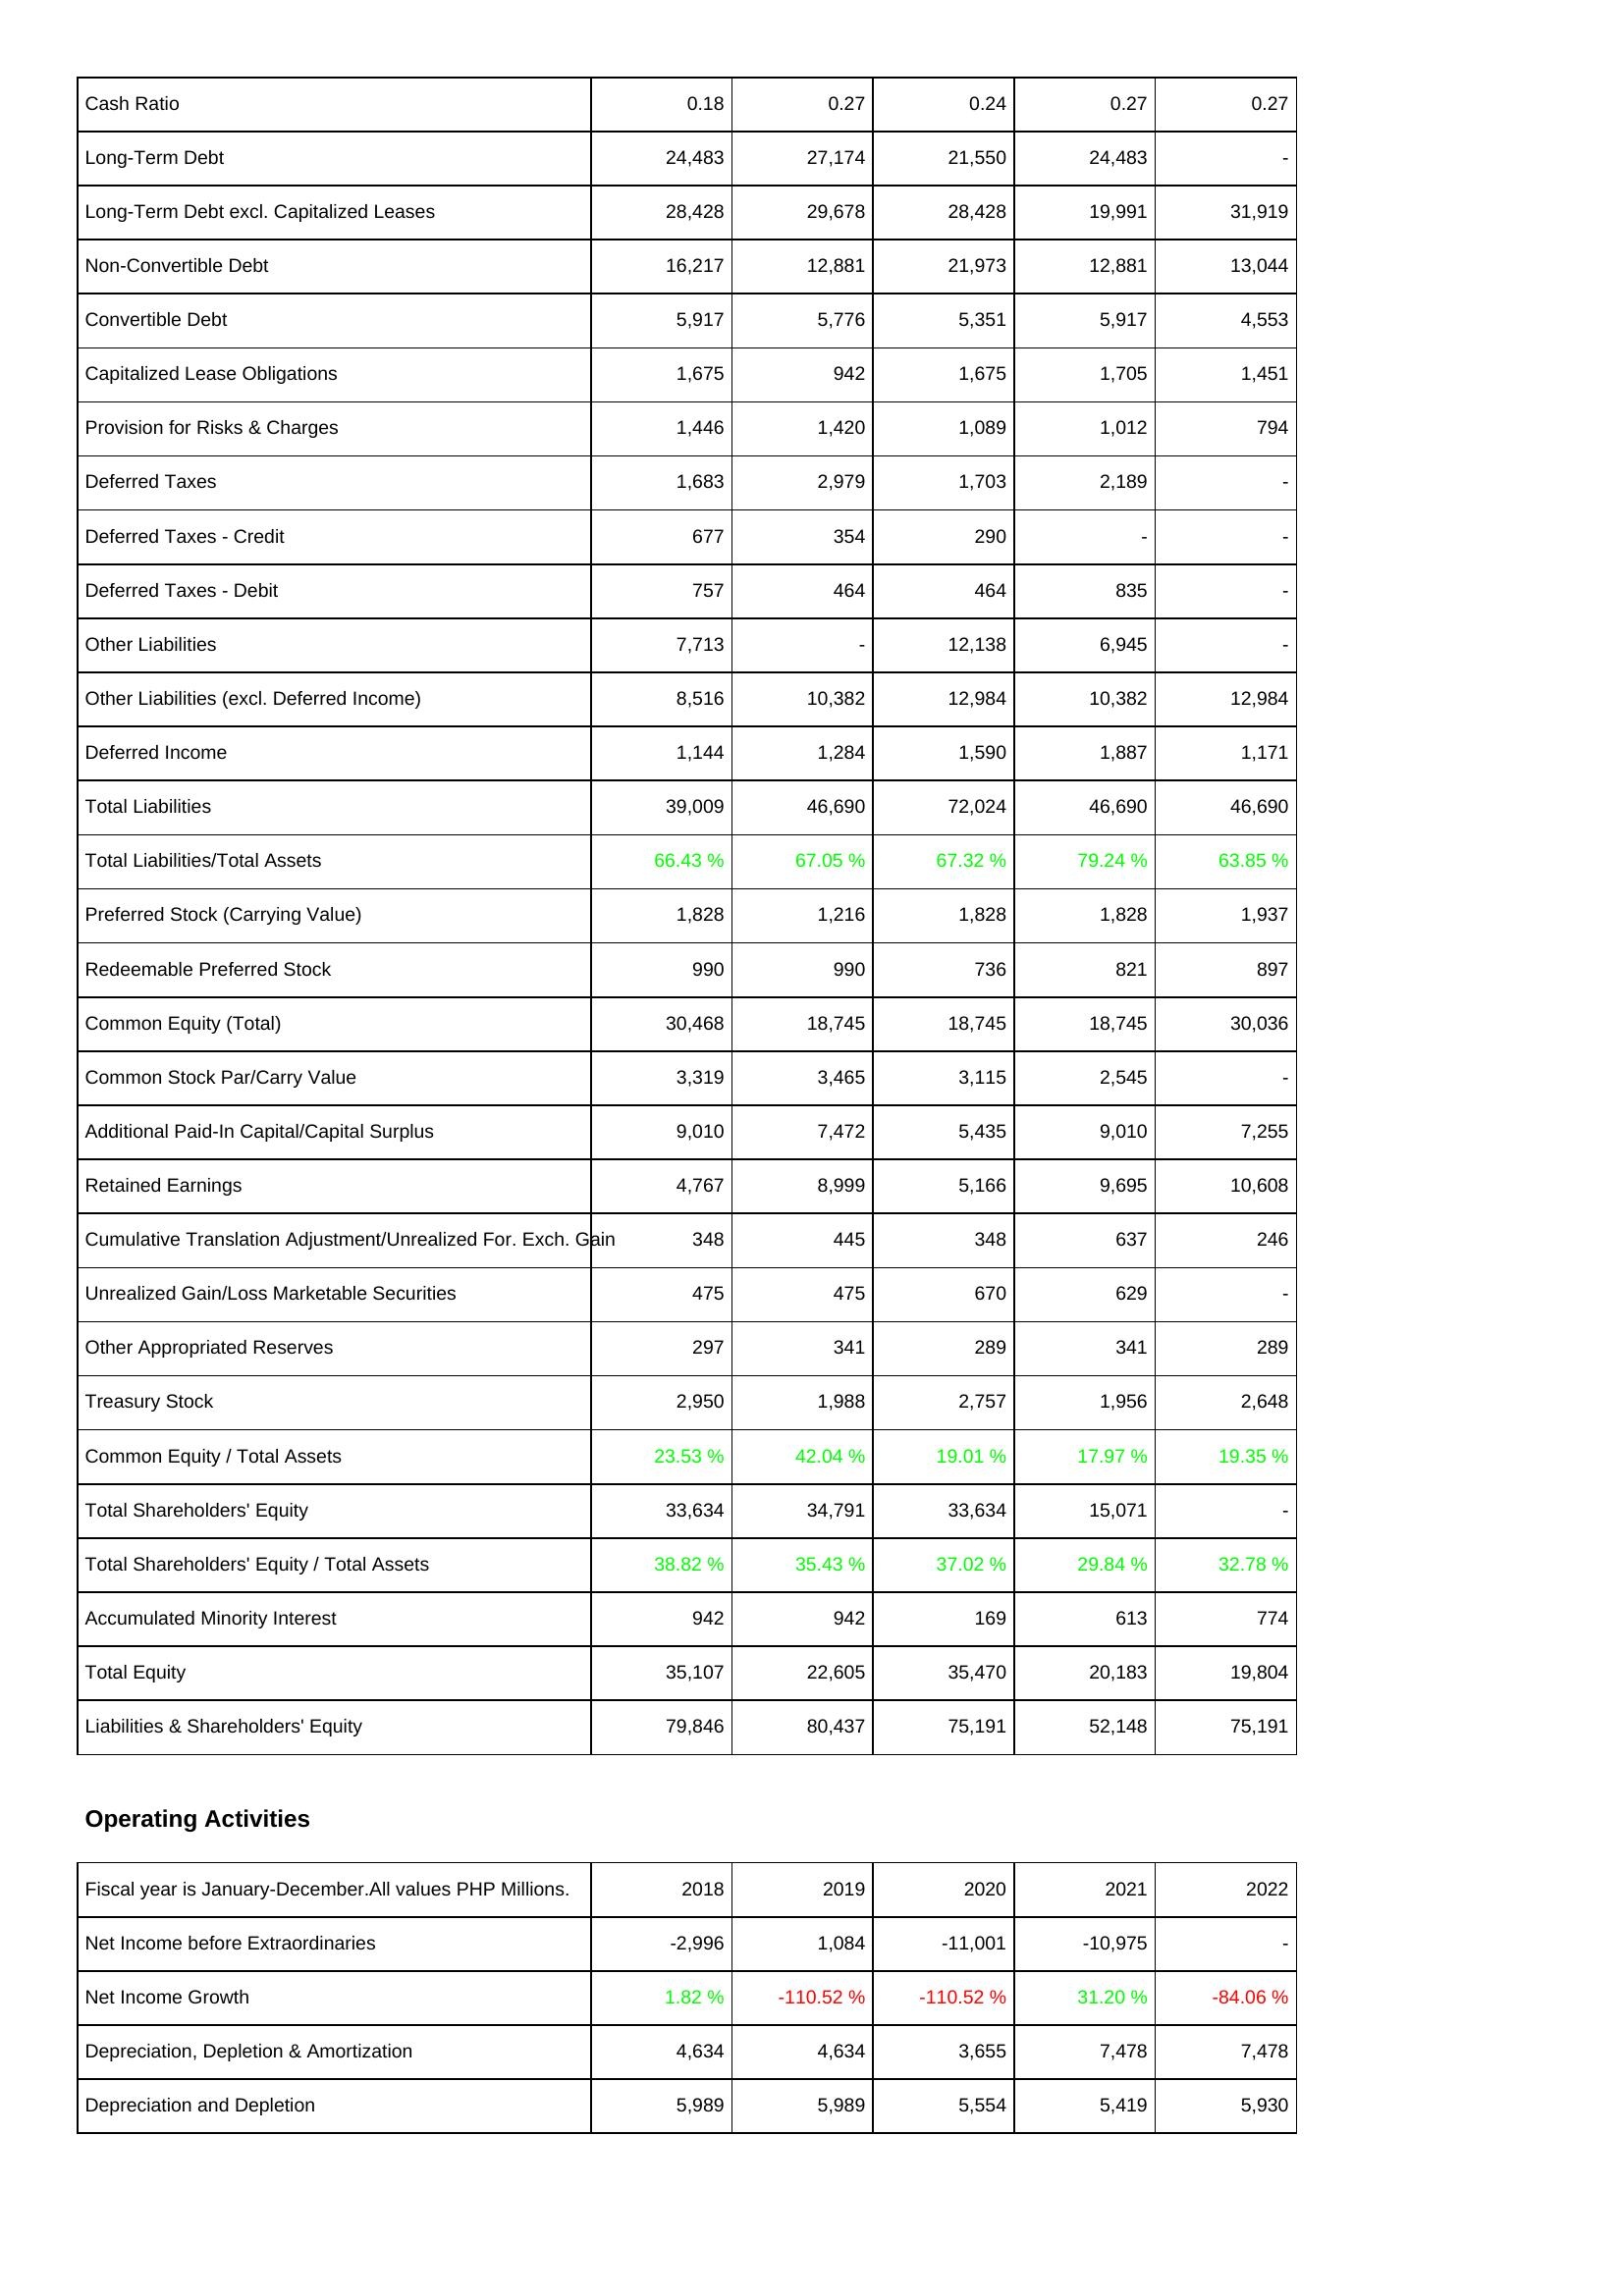
2018: Liabilities & Shareholders' Equity: Cash Ratio: 0.18
Long-Term Debt: 24,483
Long-Term Debt excl. Capitalized Leases: 28,428
Non-Convertible Debt: 16,217
Convertible Debt: 5,917
Capitalized Lease Obligations: 1,675
Provision for Risks & Charges: 1,446
Deferred Taxes: 1,683
Deferred Taxes - Credit: 677
Deferred Taxes - Debit: 757
Other Liabilities: 7,713
Other Liabilities (excl. Deferred Income): 8,516
Deferred Income: 1,144
Total Liabilities: 39,009
Total Liabilities/Total Assets: 66.43 %
Preferred Stock (Carrying Value): 1,828
Redeemable Preferred Stock: 990
Common Equity (Total): 30,468
Common Stock Par/Carry Value: 3,319
Additional Paid-In Capital/Capital Surplus: 9,010
Retained Earnings: 4,767
Cumulative Translation Adjustment/Unrealized For. Exch. Gain: 348
Unrealized Gain/Loss Marketable Securities: 475
Other Appropriated Reserves: 297
Treasury Stock: 2,950
Common Equity / Total Assets: 23.53 %
Total Shareholders' Equity: 33,634
Total Shareholders' Equity / Total Assets: 38.82 %
Accumulated Minority Interest: 942
Total Equity: 35,107
Liabilities & Shareholders' Equity: 79,846
Operating Activities: Net Income before Extraordinaries: -2,996
Net Income Growth: 1.82 %
Depreciation, Depletion & Amortization: 4,634
Depreciation and Depletion: 5,989
2019: Liabilities & Shareholders' Equity: Cash Ratio: 0.27
Long-Term Debt: 27,174
Long-Term Debt excl. Capitalized Leases: 29,678
Non-Convertible Debt: 12,881
Convertible Debt: 5,776
Capitalized Lease Obligations: 942
Provision for Risks & Charges: 1,420
Deferred Taxes: 2,979
Deferred Taxes - Credit: 354
Deferred Taxes - Debit: 464
Other Liabilities: -
Other Liabilities (excl. Deferred Income): 10,382
Deferred Income: 1,284
Total Liabilities: 46,690
Total Liabilities/Total Assets: 67.05 %
Preferred Stock (Carrying Value): 1,216
Redeemable Preferred Stock: 990
Common Equity (Total): 18,745
Common Stock Par/Carry Value: 3,465
Additional Paid-In Capital/Capital Surplus: 7,472
Retained Earnings: 8,999
Cumulative Translation Adjustment/Unrealized For. Exch. Gain: 445
Unrealized Gain/Loss Marketable Securities: 475
Other Appropriated Reserves: 341
Treasury Stock: 1,988
Common Equity / Total Assets: 42.04 %
Total Shareholders' Equity: 34,791
Total Shareholders' Equity / Total Assets: 35.43 %
Accumulated Minority Interest: 942
Total Equity: 22,605
Liabilities & Shareholders' Equity: 80,437
Operating Activities: Net Income before Extraordinaries: 1,084
Net Income Growth: -110.52 %
Depreciation, Depletion & Amortization: 4,634
Depreciation and Depletion: 5,989
2020: Liabilities & Shareholders' Equity: Cash Ratio: 0.24
Long-Term Debt: 21,550
Long-Term Debt excl. Capitalized Leases: 28,428
Non-Convertible Debt: 21,973
Convertible Debt: 5,351
Capitalized Lease Obligations: 1,675
Provision for Risks & Charges: 1,089
Deferred Taxes: 1,703
Deferred Taxes - Credit: 290
Deferred Taxes - Debit: 464
Other Liabilities: 12,138
Other Liabilities (excl. Deferred Income): 12,984
Deferred Income: 1,590
Total Liabilities: 72,024
Total Liabilities/Total Assets: 67.32 %
Preferred Stock (Carrying Value): 1,828
Redeemable Preferred Stock: 736
Common Equity (Total): 18,745
Common Stock Par/Carry Value: 3,115
Additional Paid-In Capital/Capital Surplus: 5,435
Retained Earnings: 5,166
Cumulative Translation Adjustment/Unrealized For. Exch. Gain: 348
Unrealized Gain/Loss Marketable Securities: 670
Other Appropriated Reserves: 289
Treasury Stock: 2,757
Common Equity / Total Assets: 19.01 %
Total Shareholders' Equity: 33,634
Total Shareholders' Equity / Total Assets: 37.02 %
Accumulated Minority Interest: 169
Total Equity: 35,470
Liabilities & Shareholders' Equity: 75,191
Operating Activities: Net Income before Extraordinaries: -11,001
Net Income Growth: -110.52 %
Depreciation, Depletion & Amortization: 3,655
Depreciation and Depletion: 5,554
2021: Liabilities & Shareholders' Equity: Cash Ratio: 0.27
Long-Term Debt: 24,483
Long-Term Debt excl. Capitalized Leases: 19,991
Non-Convertible Debt: 12,881
Convertible Debt: 5,917
Capitalized Lease Obligations: 1,705
Provision for Risks & Charges: 1,012
Deferred Taxes: 2,189
Deferred Taxes - Credit: -
Deferred Taxes - Debit: 835
Other Liabilities: 6,945
Other Liabilities (excl. Deferred Income): 10,382
Deferred Income: 1,887
Total Liabilities: 46,690
Total Liabilities/Total Assets: 79.24 %
Preferred Stock (Carrying Value): 1,828
Redeemable Preferred Stock: 821
Common Equity (Total): 18,745
Common Stock Par/Carry Value: 2,545
Additional Paid-In Capital/Capital Surplus: 9,010
Retained Earnings: 9,695
Cumulative Translation Adjustment/Unrealized For. Exch. Gain: 637
Unrealized Gain/Loss Marketable Securities: 629
Other Appropriated Reserves: 341
Treasury Stock: 1,956
Common Equity / Total Assets: 17.97 %
Total Shareholders' Equity: 15,071
Total Shareholders' Equity / Total Assets: 29.84 %
Accumulated Minority Interest: 613
Total Equity: 20,183
Liabilities & Shareholders' Equity: 52,148
Operating Activities: Net Income before Extraordinaries: -10,975
Net Income Growth: 31.20 %
Depreciation, Depletion & Amortization: 7,478
Depreciation and Depletion: 5,419
2022: Liabilities & Shareholders' Equity: Cash Ratio: 0.27
Long-Term Debt: -
Long-Term Debt excl. Capitalized Leases: 31,919
Non-Convertible Debt: 13,044
Convertible Debt: 4,553
Capitalized Lease Obligations: 1,451
Provision for Risks & Charges: 794
Deferred Taxes: -
Deferred Taxes - Credit: -
Deferred Taxes - Debit: -
Other Liabilities: -
Other Liabilities (excl. Deferred Income): 12,984
Deferred Income: 1,171
Total Liabilities: 46,690
Total Liabilities/Total Assets: 63.85 %
Preferred Stock (Carrying Value): 1,937
Redeemable Preferred Stock: 897
Common Equity (Total): 30,036
Common Stock Par/Carry Value: -
Additional Paid-In Capital/Capital Surplus: 7,255
Retained Earnings: 10,608
Cumulative Translation Adjustment/Unrealized For. Exch. Gain: 246
Unrealized Gain/Loss Marketable Securities: -
Other Appropriated Reserves: 289
Treasury Stock: 2,648
Common Equity / Total Assets: 19.35 %
Total Shareholders' Equity: -
Total Shareholders' Equity / Total Assets: 32.78 %
Accumulated Minority Interest: 774
Total Equity: 19,804
Liabilities & Shareholders' Equity: 75,191
Operating Activities: Net Income before Extraordinaries: -
Net Income Growth: -84.06 %
Depreciation, Depletion & Amortization: 7,478
Depreciation and Depletion: 5,930